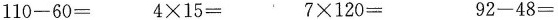
110-60= 4\times15= 7\times120= 92-48=